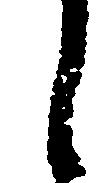
し